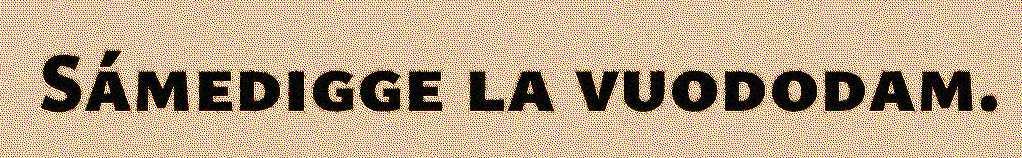
Sámedigge la vuododam.